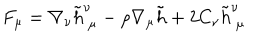
F _ { \mu } = \nabla _ { \nu } \tilde { h } _ { ~ \mu } ^ { \nu } - \rho \nabla _ { \mu } \tilde { h } + 2 C _ { \nu } \tilde { h } _ { ~ \mu } ^ { \nu }